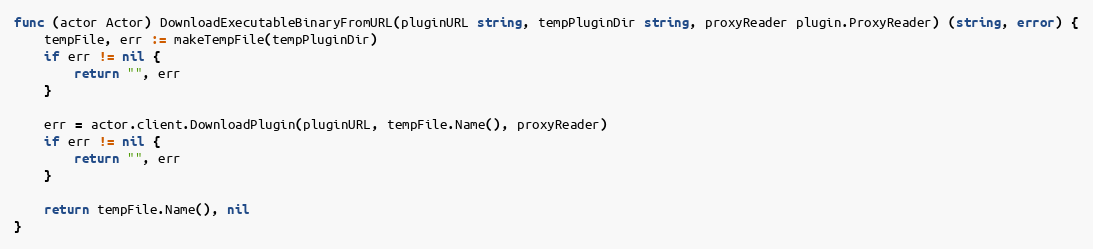
Language: Go
func (actor Actor) DownloadExecutableBinaryFromURL(pluginURL string, tempPluginDir string, proxyReader plugin.ProxyReader) (string, error) {
	tempFile, err := makeTempFile(tempPluginDir)
	if err != nil {
		return "", err
	}

	err = actor.client.DownloadPlugin(pluginURL, tempFile.Name(), proxyReader)
	if err != nil {
		return "", err
	}

	return tempFile.Name(), nil
}